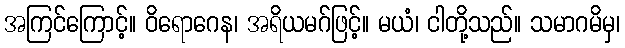
အကြင်ကြောင့်။ ဝိရောဂေန၊ အရိယမဂ်ဖြင့်။ မယံ၊ ငါတို့သည်။ သမာဂမိမှ၊